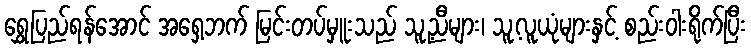
ရွှေပြည်ရန်အောင် အရှေ့ဘက် မြင်းတပ်မှူးသည် သူ့ညီများ၊ သူ့လူယုံများနှင့် စည်းဝါးရိုက်ပြီး